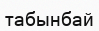
табынбай